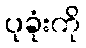
ပုခုံးကို